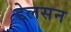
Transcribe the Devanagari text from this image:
डेलसन